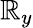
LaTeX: \mathbb{R}_{y}